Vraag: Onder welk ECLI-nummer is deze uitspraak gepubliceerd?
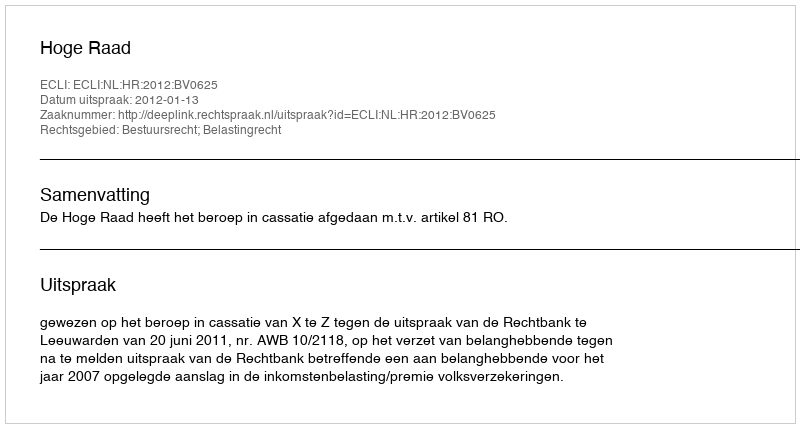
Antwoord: ECLI:NL:HR:2012:BV0625